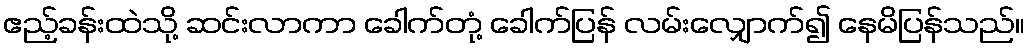
ဧည့်ခန်းထဲသို့ ဆင်းလာကာ ခေါက်တုံ့ ခေါက်ပြန် လမ်းလျှောက်၍ နေမိပြန်သည်။